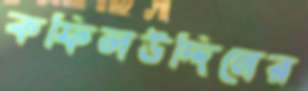
কফিলউদ্দিনের